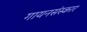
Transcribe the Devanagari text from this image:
गायनसंस्कार